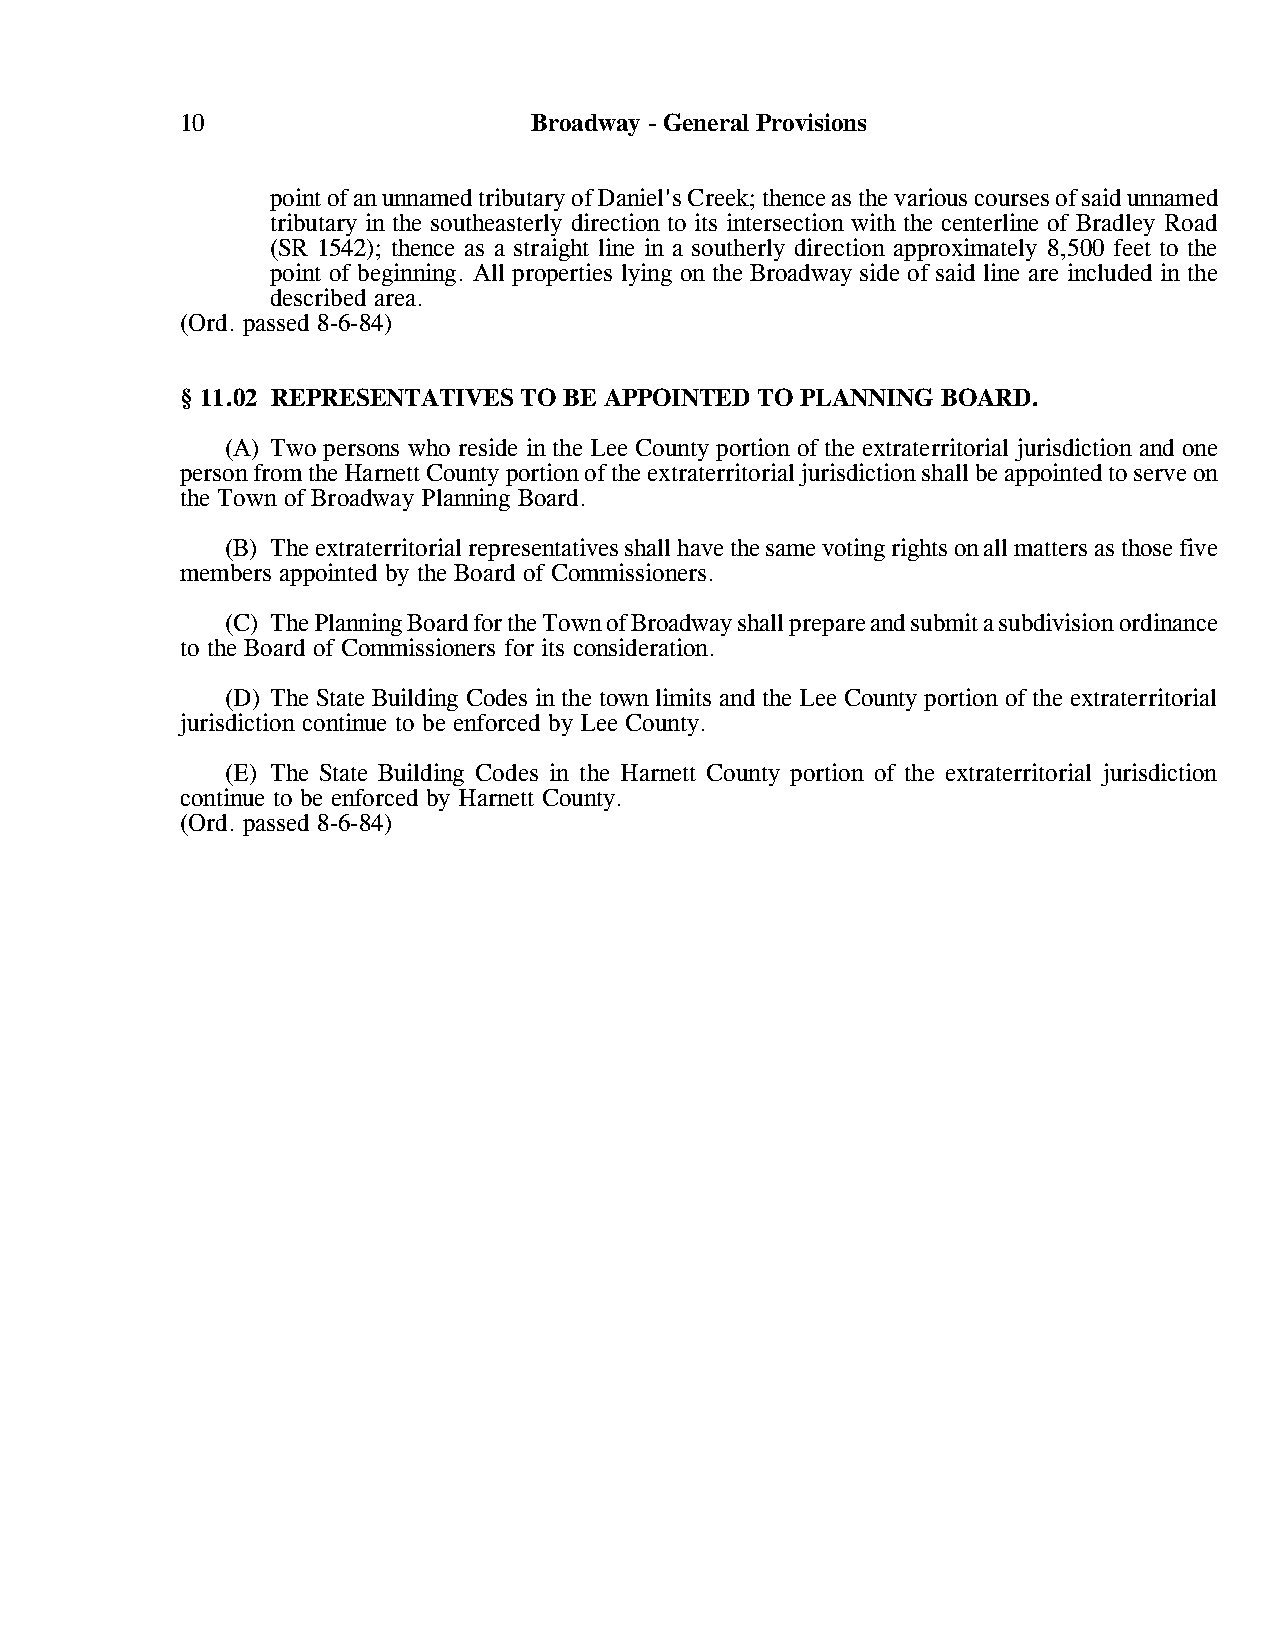
10                     Broadway - General Provisions
 point of an unnamed tributary of Daniel's Creek; thence as the various courses of said unnamed
 tributary in the southeasterly direction to its intersection with the centerline of Bradley Road
 (SR 1542); thence as a straight line in a southerly direction approximately 8,500 feet to the
 point of beginning. All properties lying on the Broadway side of said line are included in the
 described area.
 (Ord. passed 8-6-84)
 § 11.02 REPRESENTATIVES TO BE APPOINTED TO PLANNING BOARD.
 (A) Two persons who reside in the Lee County portion of the extraterritorial jurisdiction and one
 person from the Harnett County portion of the extraterritorial jurisdiction shall be appointed to serve on
 the Town of Broadway Planning Board.
 (B) The extraterritorial representatives shall have the same voting rights on all matters as those five
 members appointed by the Board of Commissioners.
 (C) The Planning Board for the Town of Broadway shall prepare and submit a subdivision ordinance
 to the Board of Commissioners for its consideration.
 (D) The State Building Codes in the town limits and the Lee County portion of the extraterritorial
 jurisdiction continue to be enforced by Lee County.
 (E) The State Building Codes in the Harnett County portion of the extraterritorial jurisdiction
 continue to be enforced by Harnett County.
 (Ord. passed 8-6-84)